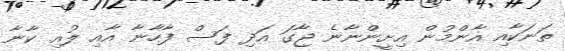
ތަނަކާއި އާންމުން އިށީންނާނެ ޖާގަ އަދި ފަސް ފާހާނާ އާއި ލުއި ކާނާ